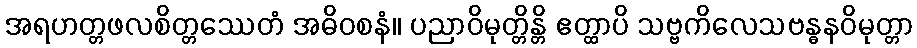
အရဟတ္တဖလစိတ္တဿေတံ အဓိဝစနံ။ ပညာဝိမုတ္တိန္တိ ဧတ္ထာပိ သဗ္ဗကိလေသဗန္ဓနဝိမုတ္တာ